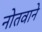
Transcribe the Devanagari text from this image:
नोतवाने